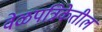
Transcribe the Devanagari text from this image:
वेळपत्रिकेतील